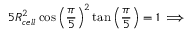
5 R _ { c e l l } ^ { 2 } \cos \left( \frac { \pi } { 5 } \right) ^ { 2 } \tan \left( \frac { \pi } { 5 } \right) = 1 \implies